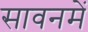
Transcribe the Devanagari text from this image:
सावनमें